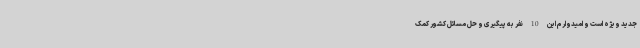
جدید ویژه است و امیدوارم این 10 نفر به پیگیری و حل مسائل کشور کمک